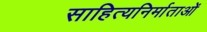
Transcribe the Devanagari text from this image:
साहित्यनिर्माताओं